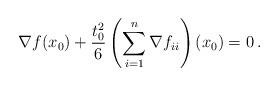
LaTeX: \begin{align*} \nabla f(x_0) + \frac{t_0^2}{6}\left(\sum_{i=1}^n \nabla f_{ii}\right)(x_0) = 0\,.\end{align*}